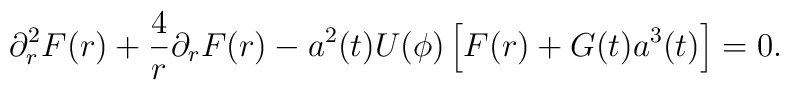
\partial_r^2 F(r) + \frac4{r} \partial_r F(r)   - a^2(t) U(\phi) \left[ F(r) + G(t) a^3(t) \right] = 0.